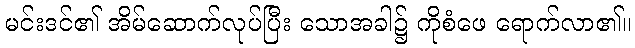
မင်းဒင်၏ အိမ်ဆောက်လုပ်ပြီး သောအခါ၌ ကိုစံဖေ ရောက်လာ၏။